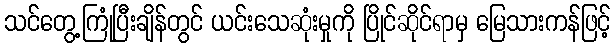
သင်တွေ့ကြုံပြီးချိန်တွင် ယင်းသေဆုံးမှုကို ပြိုင်ဆိုင်ရာမှ မြေသားကန်ဖြင့်